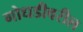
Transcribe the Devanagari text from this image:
गोधडीवरील